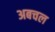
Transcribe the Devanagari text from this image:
अबचल